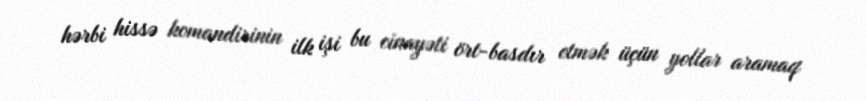
hərbi hissə komandirinin ilk işi bu cinayəti ört-basdır etmək üçün yollar aramaq